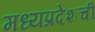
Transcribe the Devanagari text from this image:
मध्यप्रदेशची